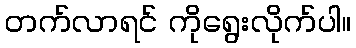
တက်လာရင် ကိုရွေးလိုက်ပါ။